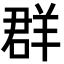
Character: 群